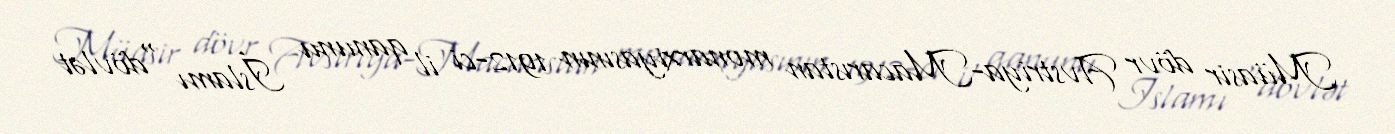
Müasir dövr Avstriya-Macarıstan monarxiyasının 1912-ci il qanunu İslamı "dövlət